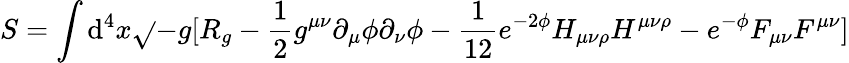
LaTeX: S=\int\mathrm{d}^{4}x{\sqrt{}{{-g}}}[R_{g}-{\frac{{1}}{{2}}}g^{\mu\nu}\partial_{\mu}\phi\partial_{\nu}\phi-{\frac{{1}}{{12}}}e^{-2\phi}H_{\mu\nu\rho}H^{\mu\nu\rho}-{e^{-\phi}}F_{\mu\nu}F^{\mu\nu}]